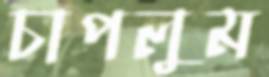
চাপলুম